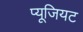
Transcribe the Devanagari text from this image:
प्यूजियट